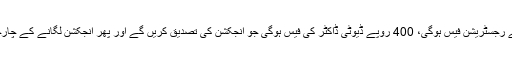
پتا چلا ایک انجکشن لگوانے کے لیے ڈاکٹر کے نسخے کو دکھانے کے باوجود 400 روپے رجسٹریشن فیس ہوگی، 400 روپے ڈیوٹی ڈاکٹر کی فیس ہوگی جو انجکشن کی تصدیق کریں گے اور پھر انجکشن لگانے کے چارجز بھی الگ سے 400 روپے ادا کرنا ہوں گے، یعنی کُل 12 سو روپے ادا کرنا پڑیں گے۔